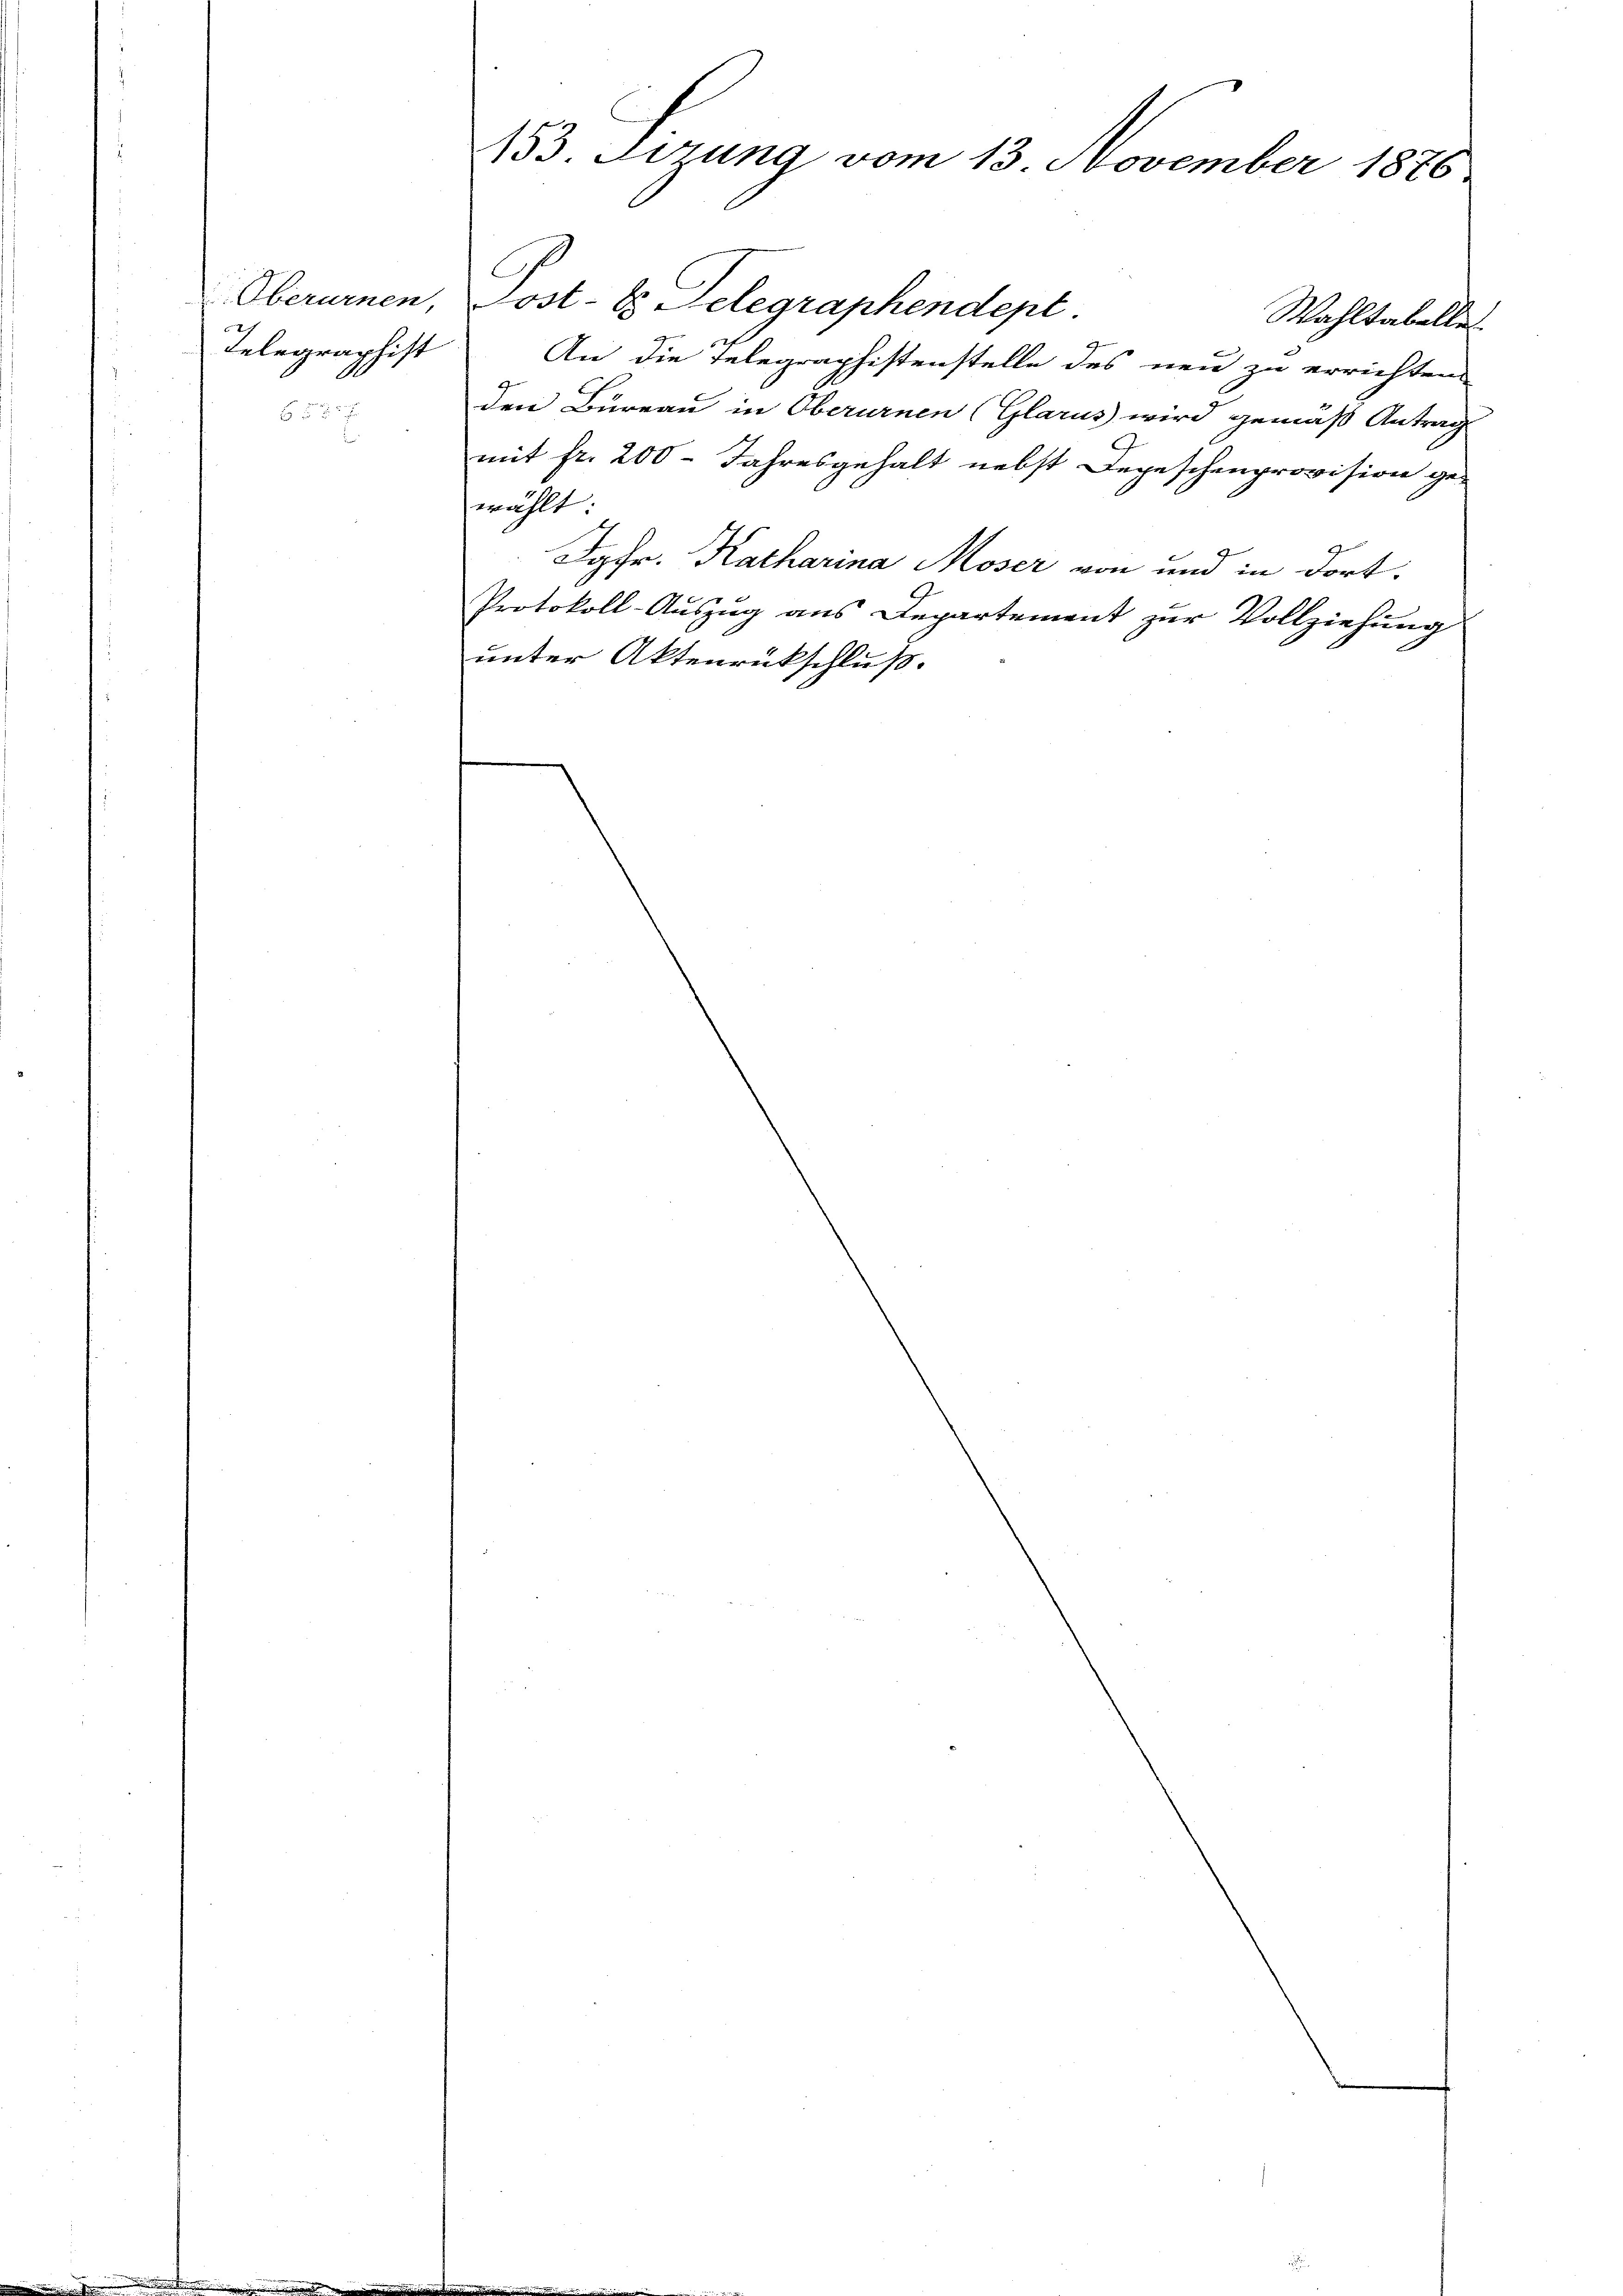
Oberurnen,
Telegraphist

153. Sizung vom 13. November 1876

Post- & Gelegraphendept
Wahltabellet
An die Telegraphistenstelle des neu zu errichten
den Bureau in Oberurnen (Glarus wird gemäß Antrag
mit fr. 200 Jahresgehalt nebst Depeschenprovision ge
wählt:
Jgfr. Katharina Moser von und in dort.
Protokoll-Auszug aus Departement zur Vollziehung
unter Aktenrückschluß.